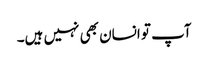
آپ تو انسان بھی نہیں ہیں۔